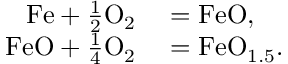
\begin{array} { r l } { \mathrm { F e } + \frac { 1 } { 2 } \mathrm { O } _ { 2 } } & { { } = \mathrm { F e O } , } \\ { \mathrm { F e O } + \frac { 1 } { 4 } \mathrm { O } _ { 2 } } & { { } = \mathrm { F e O } _ { 1 . 5 } . } \end{array}